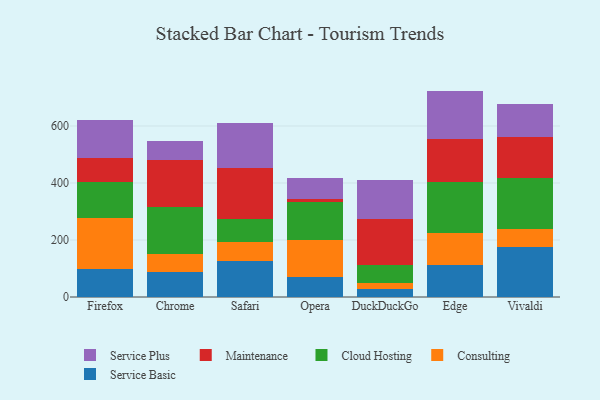
{"axis": {"x": "Browser", "y": "Website Visitors"}, "legend": ["Cloud Hosting", "Consulting", "Maintenance", "Service Basic", "Service Plus"], "data": [{"x": "Firefox", "y": 96.8, "type": "Service Basic"}, {"x": "Firefox", "y": 179.1, "type": "Consulting"}, {"x": "Firefox", "y": 129.0, "type": "Cloud Hosting"}, {"x": "Firefox", "y": 81.5, "type": "Maintenance"}, {"x": "Firefox", "y": 132.9, "type": "Service Plus"}, {"x": "Chrome", "y": 88.3, "type": "Service Basic"}, {"x": "Chrome", "y": 64.3, "type": "Consulting"}, {"x": "Chrome", "y": 164.8, "type": "Cloud Hosting"}, {"x": "Chrome", "y": 164.3, "type": "Maintenance"}, {"x": "Chrome", "y": 67.2, "type": "Service Plus"}, {"x": "Safari", "y": 125.2, "type": "Service Basic"}, {"x": "Safari", "y": 67.1, "type": "Consulting"}, {"x": "Safari", "y": 81.2, "type": "Cloud Hosting"}, {"x": "Safari", "y": 178.1, "type": "Maintenance"}, {"x": "Safari", "y": 160.4, "type": "Service Plus"}, {"x": "Opera", "y": 71.7, "type": "Service Basic"}, {"x": "Opera", "y": 127.2, "type": "Consulting"}, {"x": "Opera", "y": 134.4, "type": "Cloud Hosting"}, {"x": "Opera", "y": 9.9, "type": "Maintenance"}, {"x": "Opera", "y": 73.3, "type": "Service Plus"}, {"x": "DuckDuckGo", "y": 28.3, "type": "Service Basic"}, {"x": "DuckDuckGo", "y": 19.7, "type": "Consulting"}, {"x": "DuckDuckGo", "y": 62.9, "type": "Cloud Hosting"}, {"x": "DuckDuckGo", "y": 164.4, "type": "Maintenance"}, {"x": "DuckDuckGo", "y": 136.2, "type": "Service Plus"}, {"x": "Edge", "y": 112.2, "type": "Service Basic"}, {"x": "Edge", "y": 112.0, "type": "Consulting"}, {"x": "Edge", "y": 177.9, "type": "Cloud Hosting"}, {"x": "Edge", "y": 150.8, "type": "Maintenance"}, {"x": "Edge", "y": 170.4, "type": "Service Plus"}, {"x": "Vivaldi", "y": 174.7, "type": "Service Basic"}, {"x": "Vivaldi", "y": 63.8, "type": "Consulting"}, {"x": "Vivaldi", "y": 177.9, "type": "Cloud Hosting"}, {"x": "Vivaldi", "y": 144.6, "type": "Maintenance"}, {"x": "Vivaldi", "y": 115.2, "type": "Service Plus"}]}